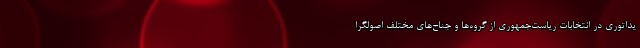
یداتوری در انتخابات ریاست‌جمهوری از گروه‌ها و جناح‌های مختلف اصولگرا